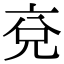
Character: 兗